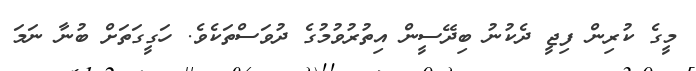
މީގެ ކުރިން ފިޖީ ދެކުނު ބިދޭސީން އިތުރުވުމުގެ ދުވަސްތަކެވެ. ހަގީގަތަށް ބުނާ ނަމަ